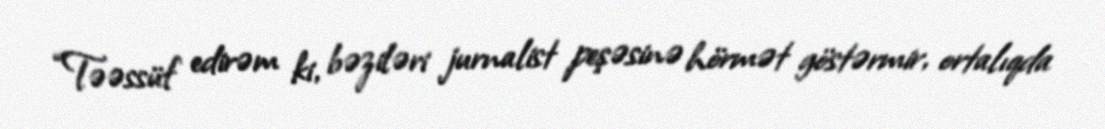
“Təəssüf edirəm ki, bəziləri jurnalist peşəsinə hörmət göstərmir, ortalıqda